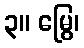
၃။ မြွေ၊